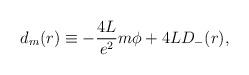
LaTeX: \begin{align*}d_m(r) \equiv - \frac{4L}{e^2} m{\phi}+ 4L D_{-}(r),\end{align*}